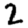
Digit: 2